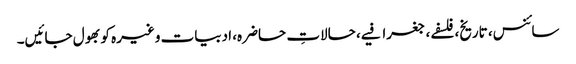
سائنس، تاریخ، فلسفے، جغرافیے، حالاتِ حاضرہ، ادبیات وغیرہ کو بھول جائیں۔